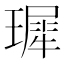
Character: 𪼟